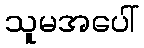
သူမအပေါ်